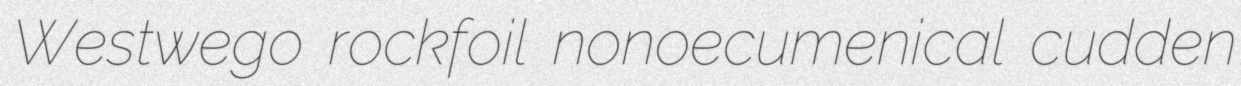
Westwego rockfoil nonoecumenical cudden